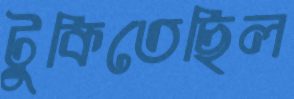
টুকিতেছিল